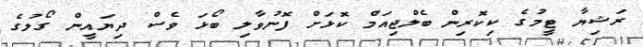
ރަޝިޔާ ޓީމުގެ ކިކޮރިން ބެލްޖިއަމް ކޮޅަށް ފޮނުވާލި ބޯޅަ ވެސް ދިޔައީން ގޯލުގެ